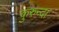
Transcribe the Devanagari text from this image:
कुरुन्दा